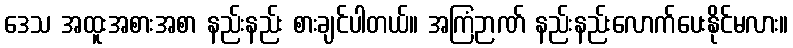
ဒေသ အထူးအစားအစာ နည်းနည်း စားချင်ပါတယ်။ အကြံဉာဏ် နည်းနည်းလောက်ပေးနိုင်မလား။